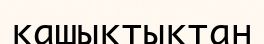
қашыктыктан